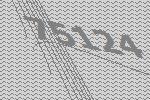
75124